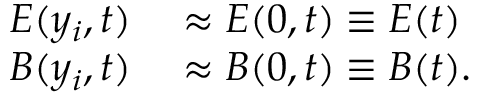
\begin{array} { r l } { E ( y _ { i } , t ) } & { { } \approx E ( 0 , t ) \equiv E ( t ) } \\ { B ( y _ { i } , t ) } & { { } \approx B ( 0 , t ) \equiv B ( t ) . } \end{array}